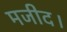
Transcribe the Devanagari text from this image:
मजीद।